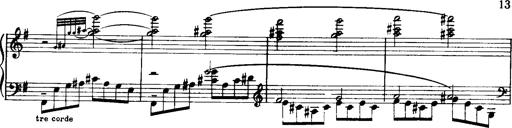
Title: Historische ungarische Bildnisse
Composer: Franz Liszt